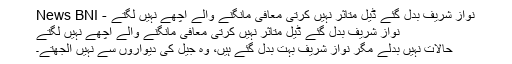
نواز شریف بدل گئے ڈیل متاثر نہیں کرتی معافی مانگنے والے اچھے نہیں لگتے - News BNI
نواز شریف بدل گئے ڈیل متاثر نہیں کرتی معافی مانگنے والے اچھے نہیں لگتے
حالات نہیں بدلے مگر نواز شریف بہت بدل گئے ہیں، وہ جیل کی دیواروں سے نہیں الجھتے۔